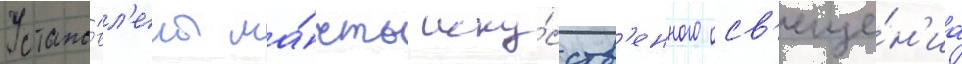
Устано́вл'ены ма́чты иску́сств'енного осв'еще́н'иа